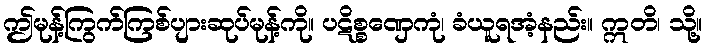
ဤမုန့်ကြွက်ကြစ်ပျားဆုပ်မုန့်ကို။ ပဋိစ္စဏှေကုံ၊ ခံယူရအံ့နည်း။ ဣတိ၊ သို့။